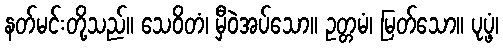
နတ်မင်းတို့သည်။ သေဝိတံ၊ မှီဝဲအပ်သော။ ဥတ္တမံ၊ မြတ်သော။ ပုပ္ဖံ၊